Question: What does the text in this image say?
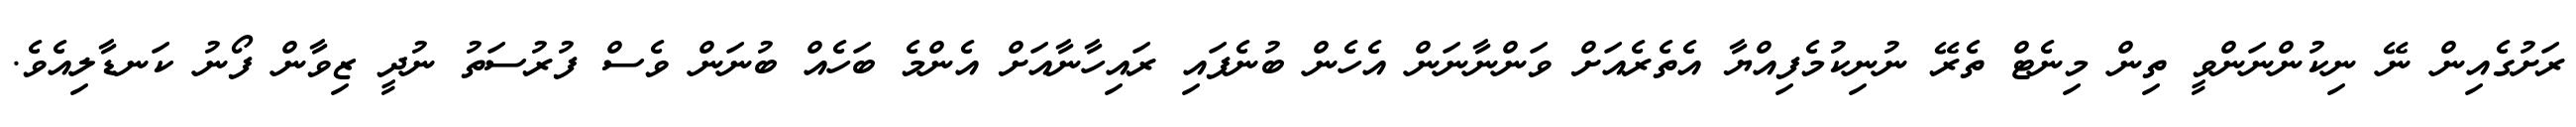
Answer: ރަށުގެއިން ނޭ ނިކުންނަންވީ ތިން މިނެޓް ތެރޭ ނުނިކުމެފިއްޔާ އެތެރެއަށް ވަންނާނަން އެހެން ބުނެފައި ރައިހާނާއަށް އެންމެ ބަހެއް ބުނަން ވެސް ފުރުސަތު ނުދީ ޒިވާން ފޯނު ކަނޑާލިއެވެ.